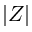
| Z |